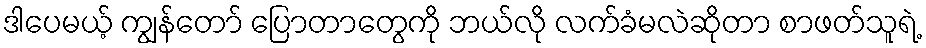
ဒါပေမယ့် ကျွန်တော် ပြောတာတွေကို ဘယ်လို လက်ခံမလဲဆိုတာ စာဖတ်သူရဲ့